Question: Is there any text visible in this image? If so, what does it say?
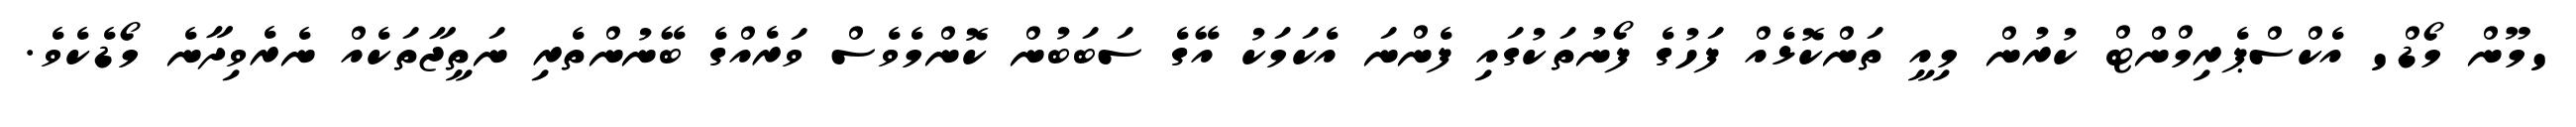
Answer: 'މޫން މޯޑް' އެކްސްޕެރިމްންޓް ކުރުން މިއީ ތަންކޮޅެއް ފަހުގެ ފޯނުތަކުގައި ފެންނަ އެކަމަކު އޭގެ ސަބަބުން ކޮންމެވެސް ވަރެއްގެ ބޭނުންތެރި ނަތީޖާތަކެއް ނެރެވިދާނެ މޯޑެކެވެ.